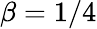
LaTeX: \beta=1/4